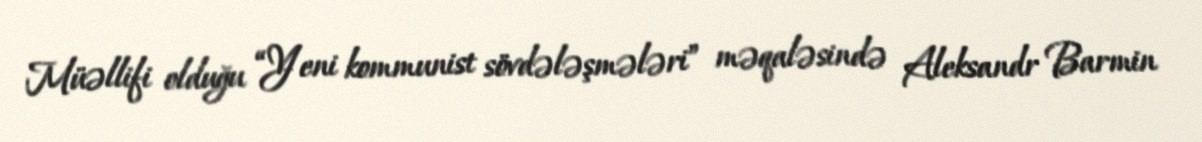
Müəllifi olduğu “Yeni kommunist sövdələşmələri” məqaləsində Aleksandr Barmin